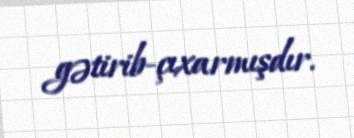
gətirib-çıxarmışdır.